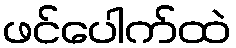
ဖင်ပေါက်ထဲ